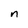
Character: n